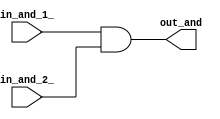
`timescale 1ps/1ps
module AND(input in_and_1_ , input in_and_2_ , output out_and);
assign out_and  = in_and_1_  & in_and_2_;
endmodule